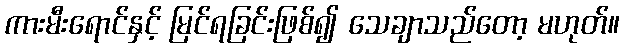
ကားမီးရောင်နှင့် မြင်ရခြင်းဖြစ်၍ သေချာသည်တော့ မဟုတ်။